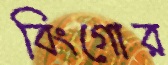
বিংগোর